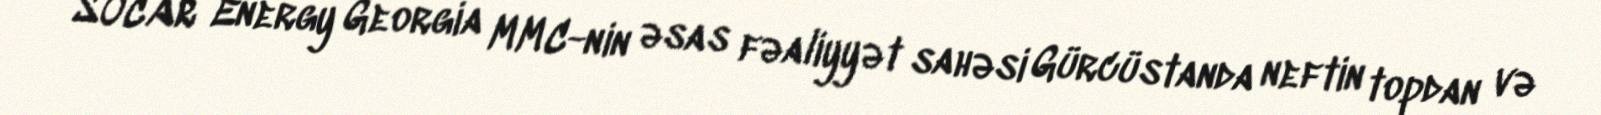
SOCAR Energy Georgia MMC-nin əsas fəaliyyət sahəsi Gürcüstanda neftin topdan və